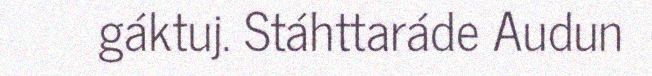
gáktuj. Stáhttaráde Audun